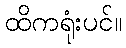
ထိကရုံးပင်။